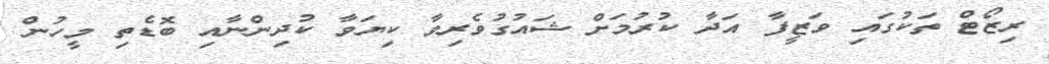
ރިޒޯޓް ތަކުގައި ވަޒީފާ އަދާ ކުރުމަށް ޝައުގުވެރިވާ ކިޔަވާ ކުދިންނާއި ބޮޑެތި މީހުން